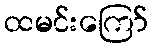
ထမင်းကြော်